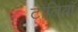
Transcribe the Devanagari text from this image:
टोलियॉ